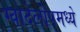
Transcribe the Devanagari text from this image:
ग्वादेलोपमध्ये